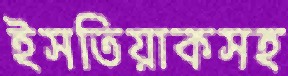
ইসতিয়াকসহ